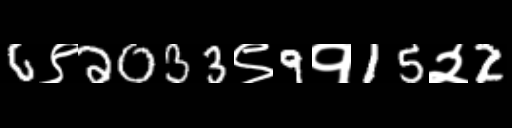
Text: 6९2033९9१15२2